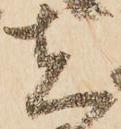
者